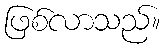
ဖြစ်လာသည်။